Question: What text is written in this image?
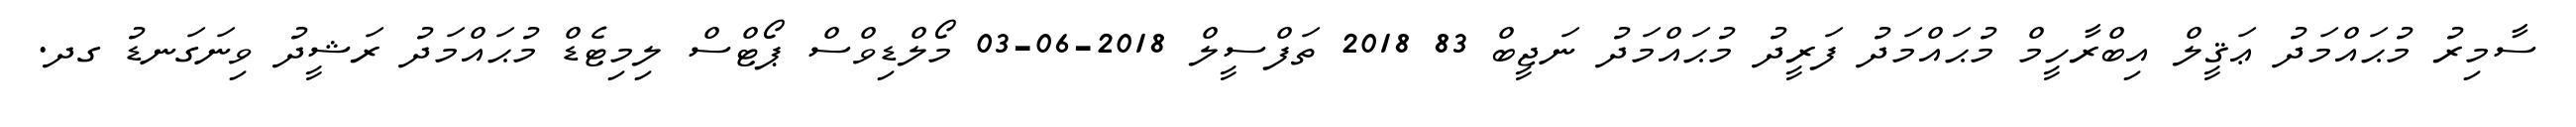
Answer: ސާމިރު މުޙައްމަދު ޢަޤީލް އިބްރާހީމް މުޙައްމަދު ފަރީދު މުޙައްމަދު ނަޖީބް 83 2018 ތަފްސީލް 2018-06-03 މޯލްޑިވްސް ޕޯޓްސް ލިމިޓެޑް މުޙައްމަދު ރަޝީދު ވިނަގަނޑު ގދ.